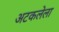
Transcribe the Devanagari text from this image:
अटकलेला